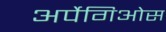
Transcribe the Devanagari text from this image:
अर्पेगिओस